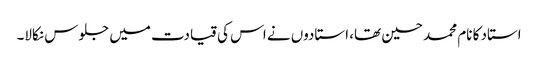
استاد کا نام محمد حسین تھا، استادوں نے اس کی قیادت میں جلوس نکالا۔